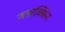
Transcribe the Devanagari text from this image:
जडाक्सिन